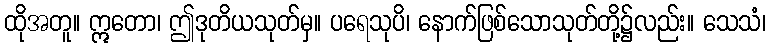
ထိုအတူ။ ဣတော၊ ဤဒုတိယသုတ်မှ။ ပရေသုပိ၊ နောက်ဖြစ်သောသုတ်တို့၌လည်း။ သေသံ၊